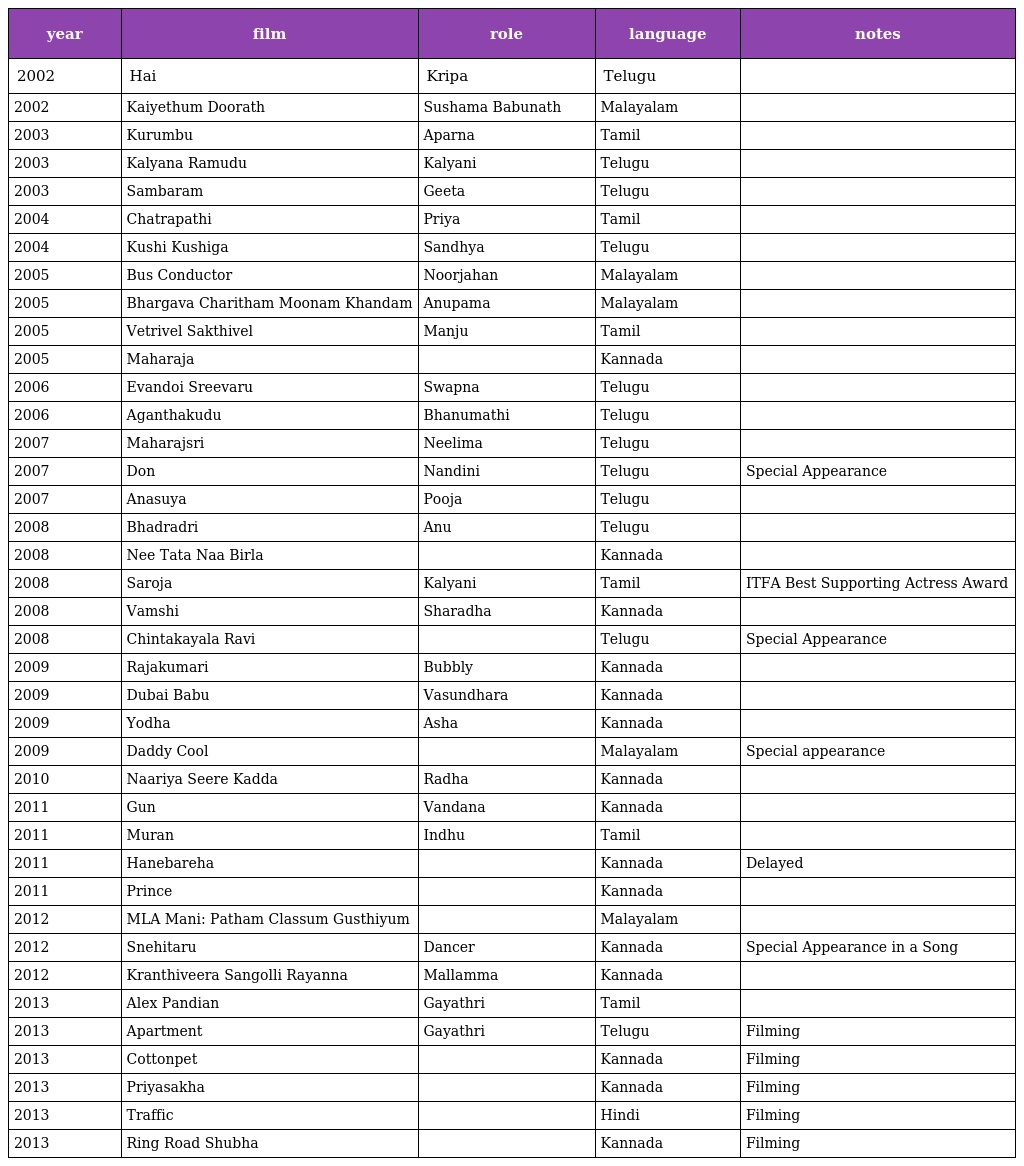
| year | film | role | language | notes |
 | --- | --- | --- | --- | --- |
 | 2002 | Hai | Kripa | Telugu |  |
 | 2002 | Kaiyethum Doorath | Sushama Babunath | Malayalam |  |
 | 2003 | Kurumbu | Aparna | Tamil |  |
 | 2003 | Kalyana Ramudu | Kalyani | Telugu |  |
 | 2003 | Sambaram | Geeta | Telugu |  |
 | 2004 | Chatrapathi | Priya | Tamil |  |
 | 2004 | Kushi Kushiga | Sandhya | Telugu |  |
 | 2005 | Bus Conductor | Noorjahan | Malayalam |  |
 | 2005 | Bhargava Charitham Moonam Khandam | Anupama | Malayalam |  |
 | 2005 | Vetrivel Sakthivel | Manju | Tamil |  |
 | 2005 | Maharaja |  | Kannada |  |
 | 2006 | Evandoi Sreevaru | Swapna | Telugu |  |
 | 2006 | Aganthakudu | Bhanumathi | Telugu |  |
 | 2007 | Maharajsri | Neelima | Telugu |  |
 | 2007 | Don | Nandini | Telugu | Special Appearance |
 | 2007 | Anasuya | Pooja | Telugu |  |
 | 2008 | Bhadradri | Anu | Telugu |  |
 | 2008 | Nee Tata Naa Birla |  | Kannada |  |
 | 2008 | Saroja | Kalyani | Tamil | ITFA Best Supporting Actress Award |
 | 2008 | Vamshi | Sharadha | Kannada |  |
 | 2008 | Chintakayala Ravi |  | Telugu | Special Appearance |
 | 2009 | Rajakumari | Bubbly | Kannada |  |
 | 2009 | Dubai Babu | Vasundhara | Kannada |  |
 | 2009 | Yodha | Asha | Kannada |  |
 | 2009 | Daddy Cool |  | Malayalam | Special appearance |
 | 2010 | Naariya Seere Kadda | Radha | Kannada |  |
 | 2011 | Gun | Vandana | Kannada |  |
 | 2011 | Muran | Indhu | Tamil |  |
 | 2011 | Hanebareha |  | Kannada | Delayed |
 | 2011 | Prince |  | Kannada |  |
 | 2012 | MLA Mani: Patham Classum Gusthiyum |  | Malayalam |  |
 | 2012 | Snehitaru | Dancer | Kannada | Special Appearance in a Song |
 | 2012 | Kranthiveera Sangolli Rayanna | Mallamma | Kannada |  |
 | 2013 | Alex Pandian | Gayathri | Tamil |  |
 | 2013 | Apartment | Gayathri | Telugu | Filming |
 | 2013 | Cottonpet |  | Kannada | Filming |
 | 2013 | Priyasakha |  | Kannada | Filming |
 | 2013 | Traffic |  | Hindi | Filming |
 | 2013 | Ring Road Shubha |  | Kannada | Filming |